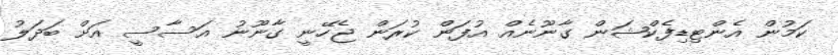
ކަމުން އެންޓިޑިފެކްޝަން ގާނޫނެއް އުފަން ކުރަން ޖެހޭނީ ގާނޫނު އަސާސީ އަށް ބަދަލު